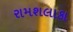
રામશલાકા